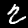
Label: 2